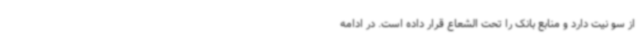
از سو نیت دارد و منابع بانک را تحت الشعاع قرار داده است. در ادامه